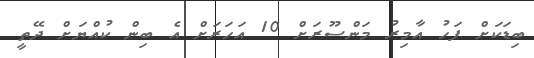
ބިޑަކަށް ފަހު އާމިރު މަންސޫރަށް 10 އަހަރަށް އެ ބިން ކުއްޔަށް ދޭތީ